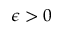
\epsilon > 0